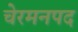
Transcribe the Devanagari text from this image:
चेरमनपद